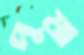
পুষা